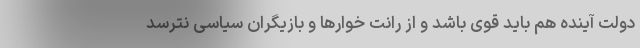
دولت آینده هم باید قوی باشد و از رانت خوارها و بازیگران سیاسی نترسد